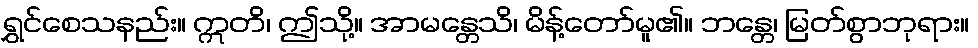
ရွှင်စေသနည်း။ ဣတိ၊ ဤသို့။ အာမန္တေသိ၊ မိန့်တော်မူ၏။ ဘန္တေ၊ မြတ်စွာဘုရား။